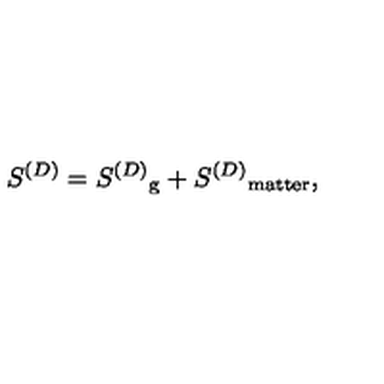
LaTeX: S ^ { ( D ) } = { S ^ { ( D ) } } _ { \mathrm { g } } + { S ^ { ( D ) } } _ { \mathrm { m a t t e r } } ,